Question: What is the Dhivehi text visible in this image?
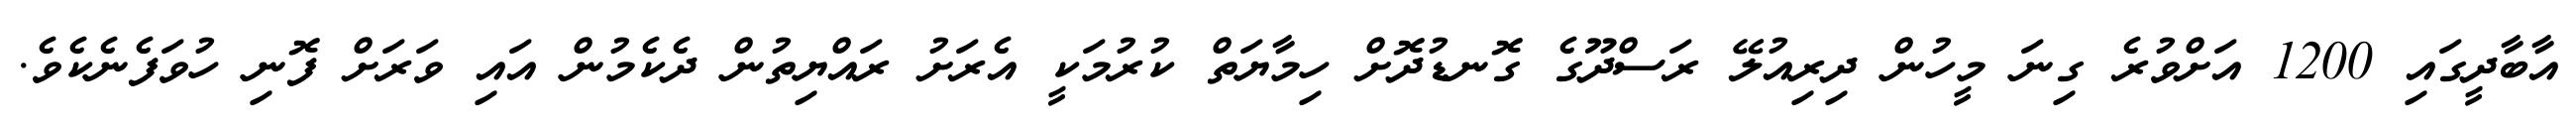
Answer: އާބާދީގައި 1200 އަށްވުރެ ގިނަ މީހުން ދިރިއުލޭ ރަސްދޫގެ ގޮނޑުދޮށް ހިމާޔަތް ކުރުމަކީ އެރަށު ރައްޔިތުން ދެކެމުން އައި ވަރަށް ފޮނި ހުވަފެނެކެވެ.